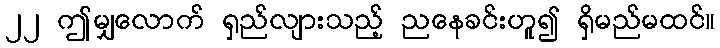
၂၂ ဤမျှလောက် ရှည်လျားသည့် ညနေခင်းဟူ၍ ရှိမည်မထင်။